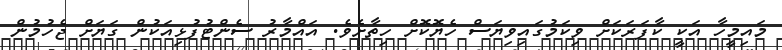
މައިމީހާ އަކީ ކާފަރަކަށް ވިކަމުގައިވިޔަސް ހެޔޮކޮށް ހިތާށެވެ. އައްމާރު ސެންޓުފުޅިއަކުން ގަޔަށް ޖެހުމުން